Indian journal of veterinary science and animal husbandry - Volumes 24-25, 1954-1955
Year: 1954
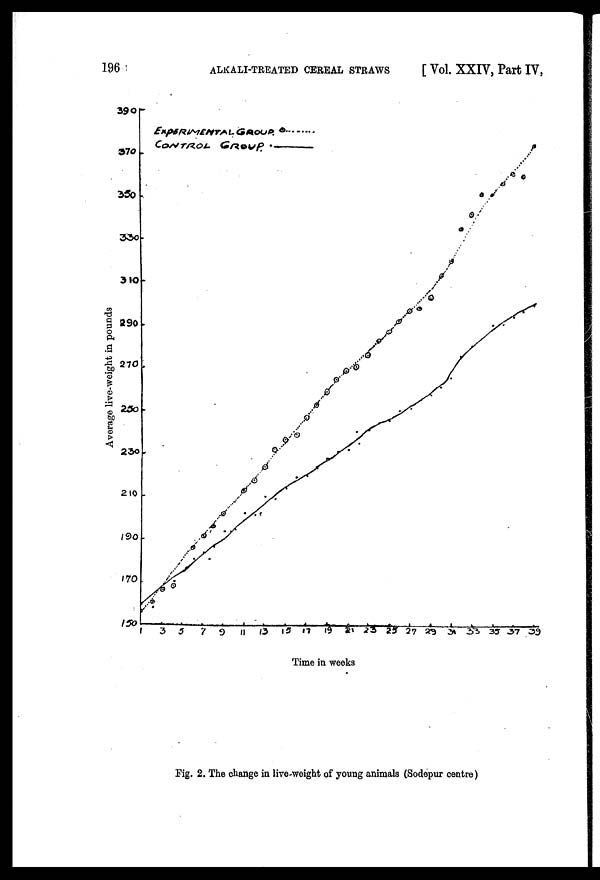
196
ALKALI-TREATED CEREAL STRAWS
[ Vol. XXIV, Part IV,
Fig. 2. The change in live-weight of young animals (Sodepur centre)